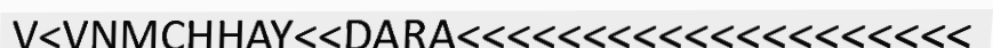
V<VNMCHHAY<<DARA<<<<<<<<<<<<<<<<<<<<